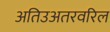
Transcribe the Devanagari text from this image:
अतिउअतरवरिल